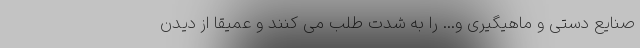
صنایع دستی و ماهیگیری و... را به شدت طلب می­ کنند و عمیقا از دیدن